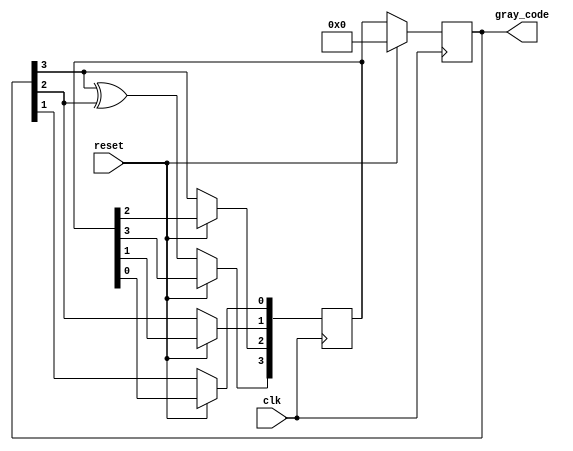
module gray_code_ring_counter (
    input wire clk,
    input wire reset,
    output reg [3:0] gray_code
);

reg [3:0] next_gray_code;

always @(posedge clk) begin
    if (reset) begin
        gray_code <= 4'b0000; // reset to specific state
    end else begin
        next_gray_code[3] <= gray_code[3] ^ gray_code[2];
        next_gray_code[2] <= gray_code[3];
        next_gray_code[1] <= gray_code[2];
        next_gray_code[0] <= gray_code[1];
        
        gray_code <= next_gray_code;
    end
end

endmodule